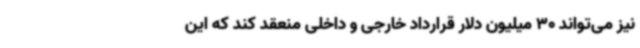
نیز می‌تواند 30 میلیون دلار قرارداد خارجی و داخلی منعقد کند که این